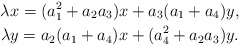
\begin{gather*} \lambda x=(a_1^2+a_2a_3)x+a_3(a_1+a_4)y, \\ \lambda y = a_2(a_1+a_4)x+(a_4^2+a_2a_3)y. \end{gather*}